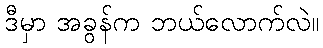
ဒီမှာ အခွန်က ဘယ်လောက်လဲ။